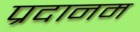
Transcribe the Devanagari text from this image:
प्रदानम